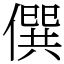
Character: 僎